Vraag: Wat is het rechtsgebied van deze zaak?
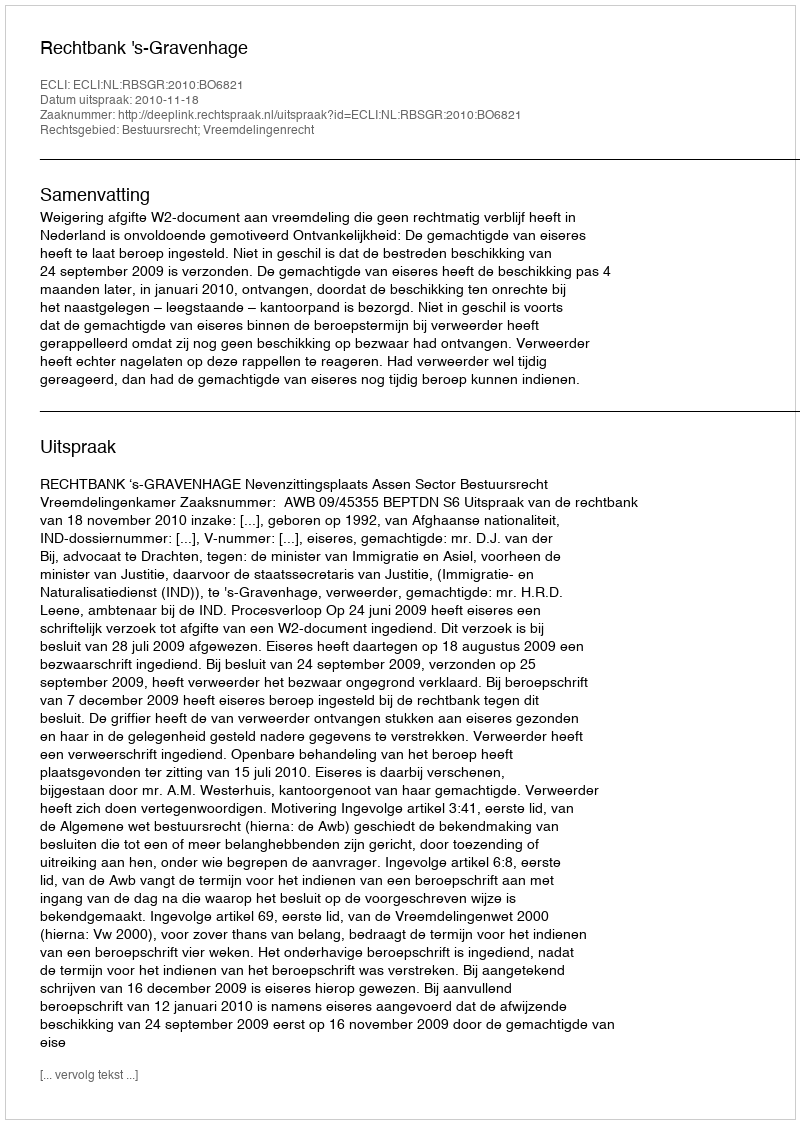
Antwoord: Bestuursrecht; Vreemdelingenrecht